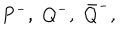
LaTeX: P ^ { - } , \, \, Q ^ { - } , \, \, \bar { Q } ^ { - } ,